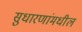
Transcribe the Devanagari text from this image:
सुधारणांमधील